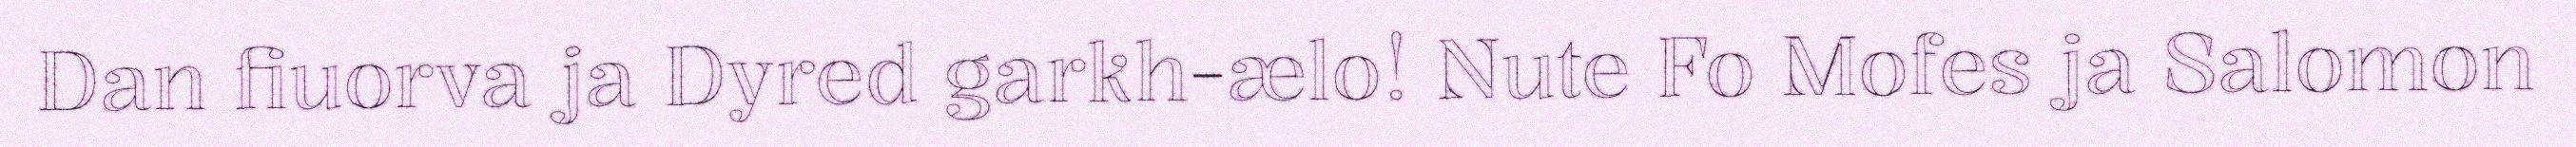
Dan fiuorva ja Dyred garkh-ælo! Nute Fo Mofes ja Salomon